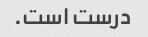
درست است.